Plague in India, 1896, 1897 - Volume 3
Year: 1896
Disease focus: Plague
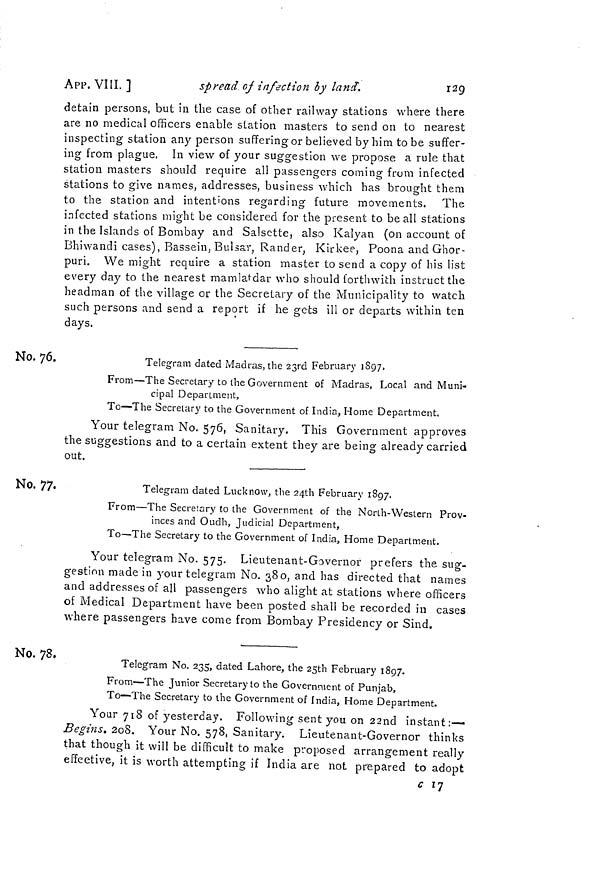
APP. VIII. ]
spread, of infection by land.
129
detain persons, but in the case of other railway stations where there
are no medical officers enable station masters to send on to nearest
inspecting station any person suffering or believed by him tobe suffer-
ing from plague. In view of your suggestion we propose a rule that
station masters should require all passengers coming from infected
stations to give names, addresses, business which has brought them
to the station and intentions regarding future movements. The
infected stations might be considered for the present to be all stations
in the Islands of Bombay and Salsette, also Kalyan (on account of
Bhiwandi cases), Bassein, Bulsar, Rander, Kirkee, Poona and Ghor-
puri. We might require a station master to send a copy of his list
every day to the nearest mamlaMar who should forthwith instruct the
headman of the village or the Secretary of the Municipality to watch
such persons and send a report if he gets ill or departs within ten
days.
No. 76.
Telegram dated Madras, the 23rd February 1897.
From—The Secretary to the Government of Madras, Local and Muni-
cipal Department,
To—The Secretary to the Government of India, Home Department.
Your telegram No. 576, Sanitary. This Government approves
the suggestions and to a certain extent they are being already carried
out.
No. 77.
.LClCglcUU UclLCLl 1_,ULIVIIUW, LUC U^LIl fCUFUcirV IOC)/.
From—The Secretary to the Government of the North-Western Prov-
inces and Oudh, Judicial Department,
To—The Secretary to the Government of India, Home Department.
Your telegram No. 575. Lietitenant-Governor prefers the sug-
gestion made in your telegram No. 380, and has directed that names
and addresses of all passengers who alight at stations where officers
of Medical Department have been posted shall be recorded in cases
where passengers have come from Bombay Presidency or Sind.
No. 78.
Telegram No. 235, dated Lahore, the 25th February 1897.
From—The Junior Secretary to the Government of Punjab,
To—The Secretary to the Government of India, Home Department.
Your 718 of yesterday. Following sent you on 22nd instant:—
Begins. 208. Your No. 578, Sanitary. Lieutenant-Governor thinks
that though it will be difficult to make proposed arrangement really
effective, it is worth attempting if India are not prepared to adopt
c 17